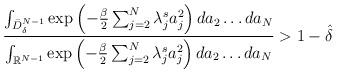
LaTeX: \begin{align*}\frac{\int_{\bar{D}_\delta^{N-1}} \exp\left(-\frac{\beta}{2}\sum_{j=2}^N \lambda^s_j a_j^2 \right) da_2\dots da_N }{\int_{\mathbb{R}^{N-1}} \exp\left( -\frac{\beta}{2}\sum_{j=2}^N \lambda^s_j a_j^2\right) da_2\dots da_N} > 1- \hat{\delta}\end{align*}